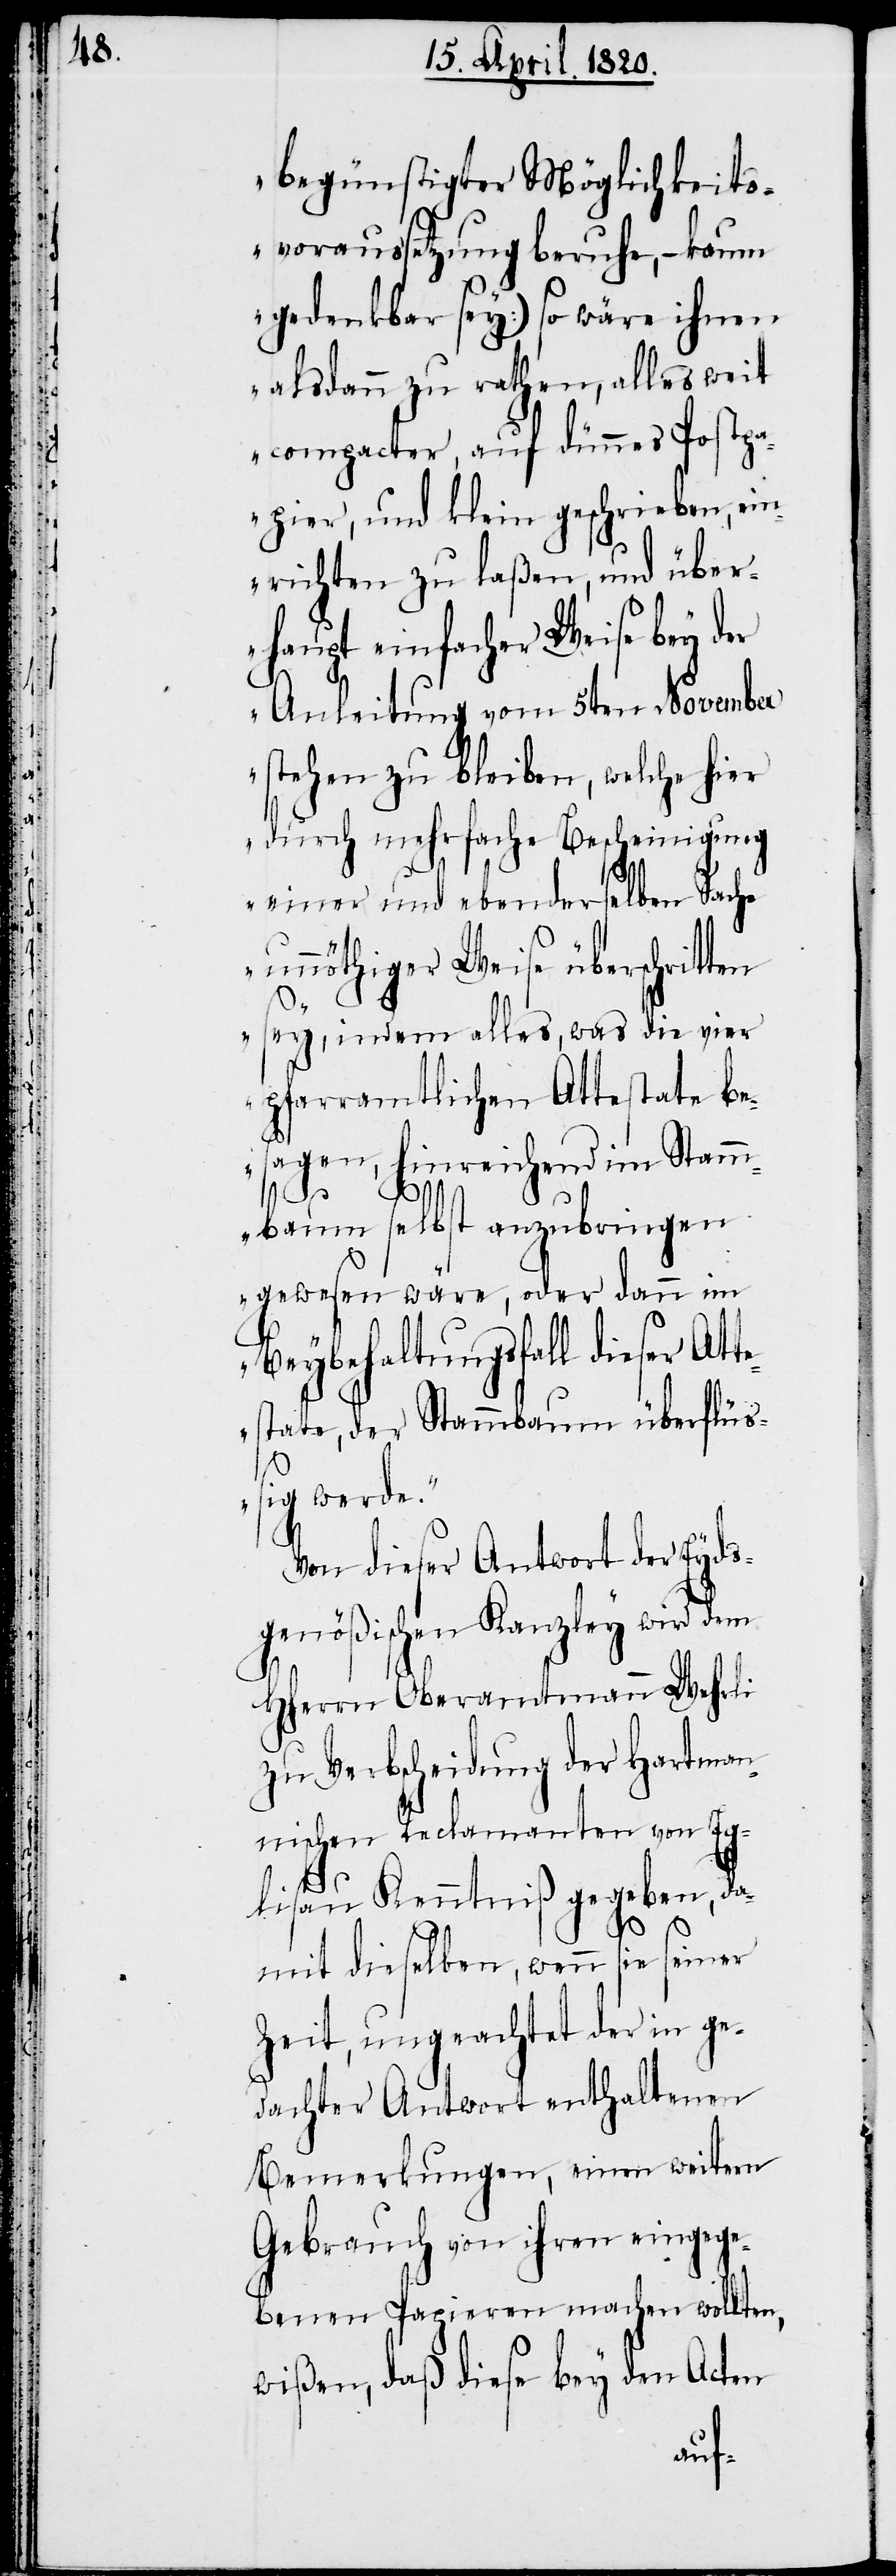
begünstigter Möglichkeits¬
voraussetzung beruhe, – kaum
gedenkbar sey.) so wäre ihnen
alsdann zu rathen, alles weit
compacter, auf dünnes Postpa¬
pier, und klein geschrieben,
richten zu laßen, und über¬
haupt einfacher Weise bey d¬
Anleitung vom 5ten November
stehen zu bleiben, welche hier
durch mehrfache Bescheinigung
einer und ebenderselben Sa¬
unnöthiger Weise überschrit¬
sey, indem alles, was die vier
pfarramtlichen Attestate be¬
sagen, hinreichend im Stam¬
er Eyds¬
mbaum selbst anzubri¬
gewesen wäre, oder dann im
Beybehaltungsfall di¬
state, der Stammbaum überflüs¬
sig werde.“
Von dieser Antwort d¬
genößischen Kanzley wird dem
HHerrn Oberamtmann Wehrli
zu Verbscheidung der Hartman¬
nischen Reclamanten von Eg¬
lisau Kenntniß gegeben, da¬
mit dieselben, wenn sie seiner
Zeit, ungeachtet der in ge¬
dachter Antwort enthaltenen
Bemerkungen, einen weitern
Gebrauch von ihren eingege¬
benen Papieren machen wollten,
wißen, daß diese bey den Acten